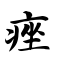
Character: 痤